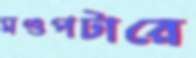
মণ্ডপটারে